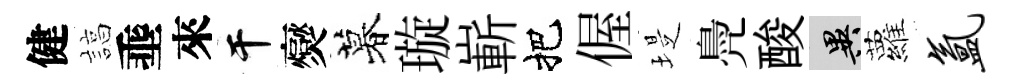
健諄埀來干爕暮璇嶄把偓堤鳧酸异蘿氲